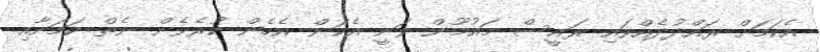
އެކަމަށް ރައްދުދެއްވައި ރައީސް މައުމޫން ވަނީ އެކަން އެހެން ކުރެވެން ނެތް ކަމަށާއި